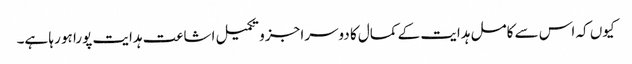
کیوں کہ اس سے کامل ہدایت کے کمال کا دوسرا جزو تکمیل اشاعت ہدایت پورا ہو رہا ہے۔